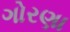
ગોરણા